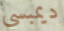
ديمبسي